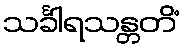
သင်္ခါရသန္တတိံ